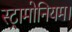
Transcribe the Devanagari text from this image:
स्ट्रामोनियम।